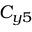
C _ { y 5 }